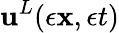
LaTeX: {\mathbf{u}}^{L}(\epsilon{\mathbf{x}},\epsilon t)